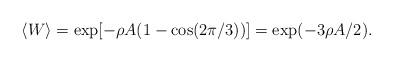
LaTeX: \begin{align*}\langle W \rangle = \exp [-\rho A(1-\cos(2\pi /3))]=\exp(-3\rho A/2).\end{align*}